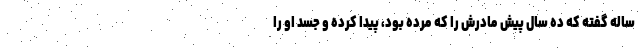
ساله گفته که ده سال پیش مادرش را که مرده بود، پیدا کرده و جسد او را